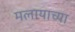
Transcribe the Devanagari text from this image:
मलायाच्या